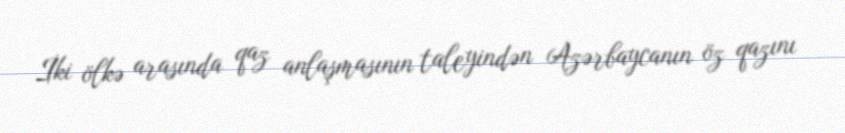
İki ölkə arasında qaz anlaşmasının taleyindən Azərbaycanın öz qazını